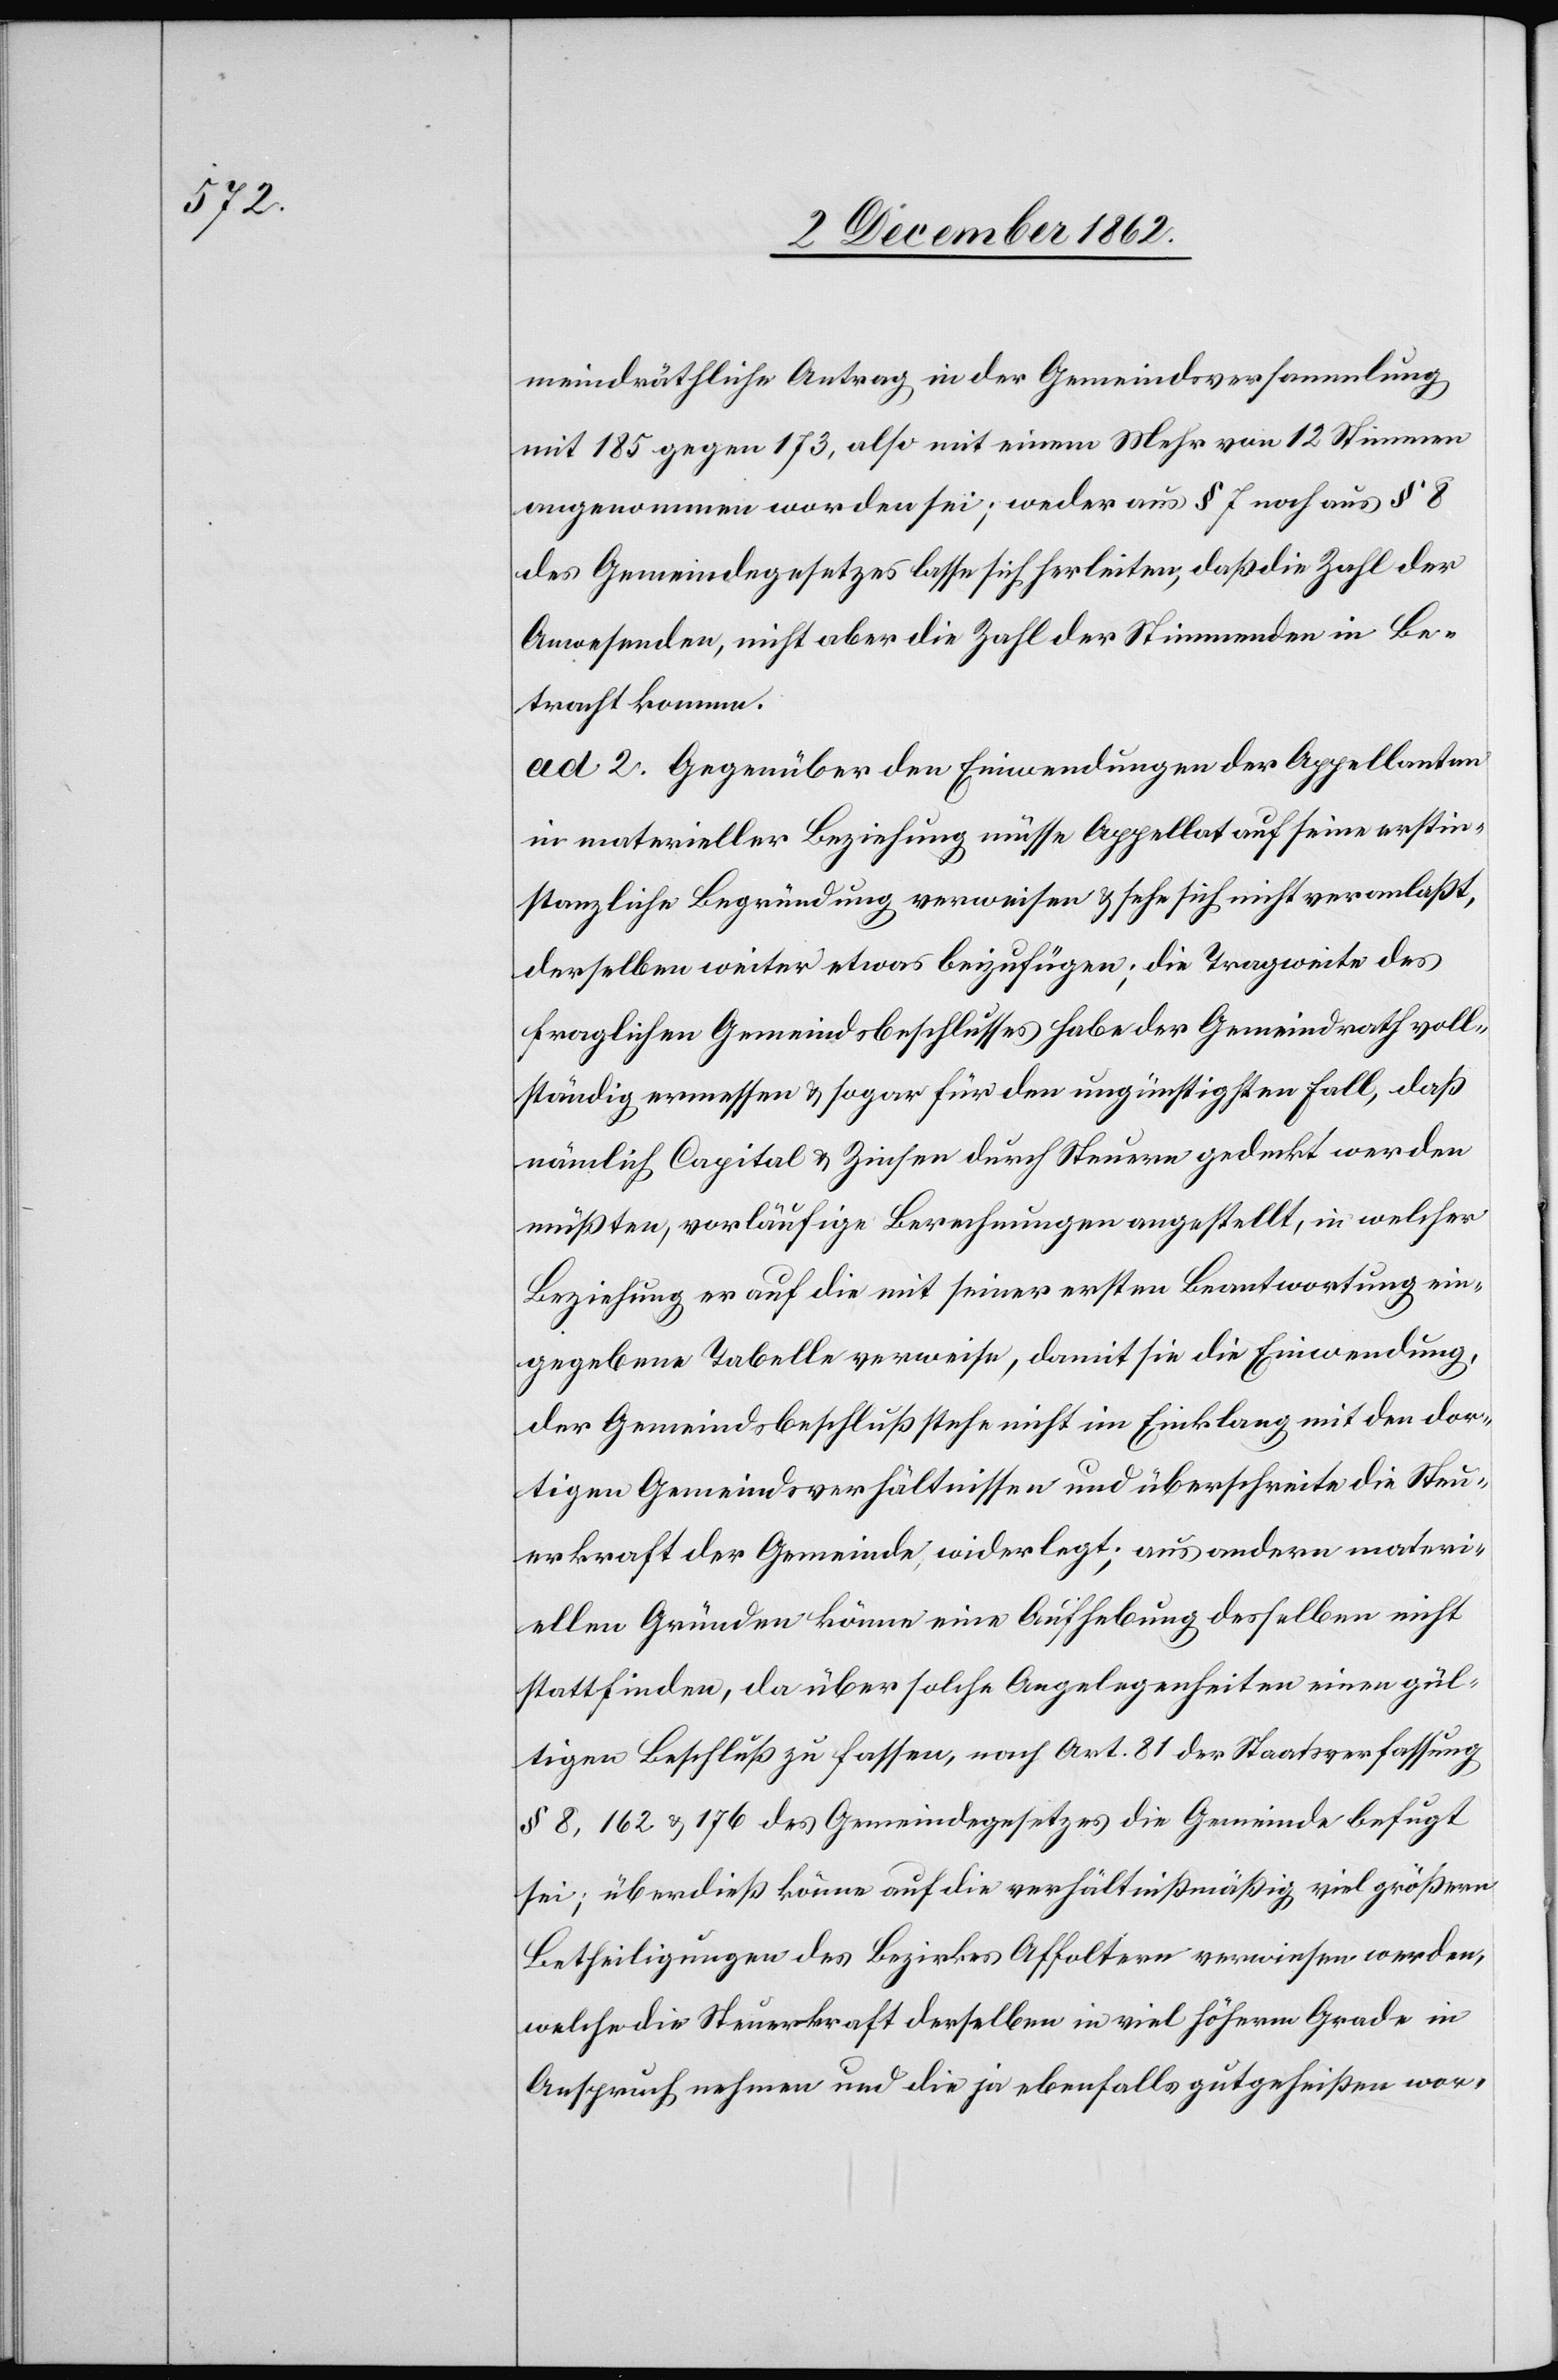
meindräthliche Antrag in der Gemeindsversammlung
mit 185 gegen 173, also mit einem Mehr von 12 Stimmen
angenommen worden sei; weder aus § 7 noch aus § 8
des Gemeindegesetzes lasse sich herleiten, daß die Zahl der
Anwesenden, nicht aber die Zahl der Stimmenden in Be¬
tracht komme.
ad 2. Gegenüber den Einwendungen der Appellanten
in materieller Beziehung müsse Appellat auf seine erstin¬
stanzliche Begründung verweisen u. sehe sich nicht veranlaßt,
derselben weiter etwas beizufügen; die Tragweite des
fraglichen Gemeindsbeschlusses habe der Gemeindrath voll¬
ständig ermessen u. sogar für den ungünstigsten Fall, daß
nämlich Capital u. Zinsen durch Steuern gedeckt werden
müßten, vorläufige Berechnungen angestellt, in welcher
Beziehung er auf die mit seiner ersten Beantwortung ein¬
gegebene Tabelle verweise, damit sie die Einwendung,
der Gemeindsbeschluß stehe nicht im Einklang mit den dor¬
tigen Gemeindsverhältnissen und überschreite die Steu¬
erkraft der Gemeinde, widerlegt; aus andern materi¬
ellen Gründen könne eine Aufhebung desselben nicht
stattfinden, da über solche Angelegenheiten einen gül¬
tigen Beschluß zu fassen, nach Art. 81 der Staatsverfassung
§ 8, 162 u. 176 des Gemeindegesetzes die Gemeinde befugt
sei; überdieß könne auf die verhältnißmäßig viel größern
Betheiligungen des Bezirkes Affoltern verwiesen werden,
welche die Steuerkraft derselben in viel höherm Grad ein
Anspruch nehmen und die ja ebenfalls gutgeheißen wor-